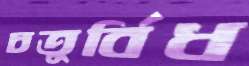
চতুর্বিধ